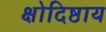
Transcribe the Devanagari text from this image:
क्षोदिष्ठाय